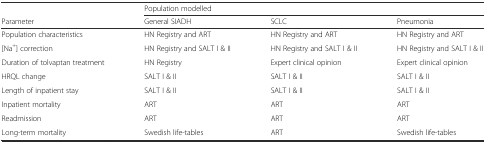
<table><thead><tr><td></td><td colspan="3"><b>Population modelled</b></td></tr><tr><td><b>Parameter</b></td><td><b>General SIADH</b></td><td><b>SCLC</b></td><td><b>Pneumonia</b></td></tr></thead><tbody><tr><td>Population characteristics</td><td>HN Registry and ART</td><td>HN Registry and ART</td><td>HN Registry and ART</td></tr><tr><td>[Na<sup>+</sup>] correction</td><td>HN Registry and SALT I &amp; II</td><td>HN Registry and SALT I &amp; II</td><td>HN Registry and SALT I &amp; II</td></tr><tr><td>Duration of tolvaptan treatment</td><td>HN Registry</td><td>Expert clinical opinion</td><td>Expert clinical opinion</td></tr><tr><td>HRQL change</td><td>SALT I &amp; II</td><td>SALT I &amp; II</td><td>SALT I &amp; II</td></tr><tr><td>Length of inpatient stay</td><td>SALT I &amp; II</td><td>SALT I &amp; II</td><td>SALT I &amp; II</td></tr><tr><td>Inpatient mortality</td><td>ART</td><td>ART</td><td>ART</td></tr><tr><td>Readmission</td><td>ART</td><td>ART</td><td>ART</td></tr><tr><td>Long-term mortality</td><td>Swedish life-tables</td><td>ART</td><td>Swedish life-tables</td></tr></tbody></table>